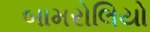
બામરોલિયો